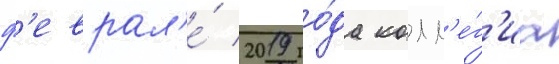
ф'еврал'е́ 2019 го́да колл'е́г'иа